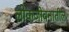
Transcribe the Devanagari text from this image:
लोकजीवनातील